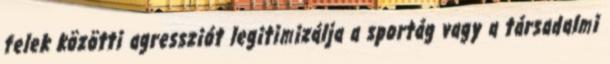
felek közötti agressziót legitimizálja a sportág vagy a társadalmi